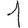
Digit: 1